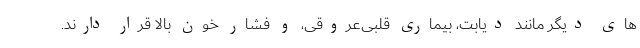
های دیگر مانند دیابت، بیماری قلبی‌عروقی، و فشار خون بالا قرار دارند.